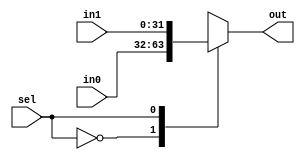
`ifndef _mux2to1
`define _mux2to1

module mux2to1
#(parameter DATA_SIZE=32)

(	input [(DATA_SIZE-1):0] in0,
	input [(DATA_SIZE-1):0] in1,
	input sel,

	output reg [(DATA_SIZE-1):0] out);

	always @(*) //or always @(in0, in1, sel)
			case (sel)
				0 : out <= in0;
				1 : out <= in1;
				default: out <= 32'h0000_0000;
			endcase
endmodule

`endif